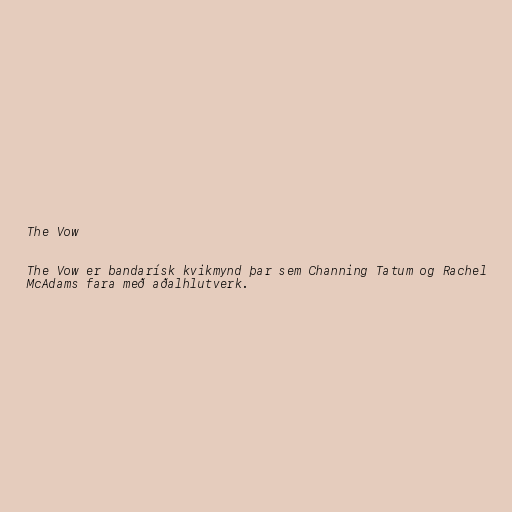
The Vow

The Vow er bandarísk kvikmynd þar sem Channing Tatum og Rachel
McAdams fara með aðalhlutverk.